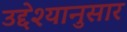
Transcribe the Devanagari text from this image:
उद्देश्यानुसार